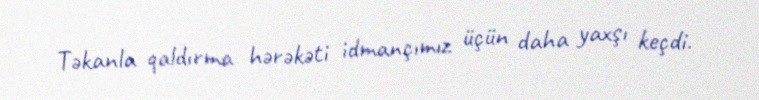
Təkanla qaldırma hərəkəti idmançımız üçün daha yaxşı keçdi.